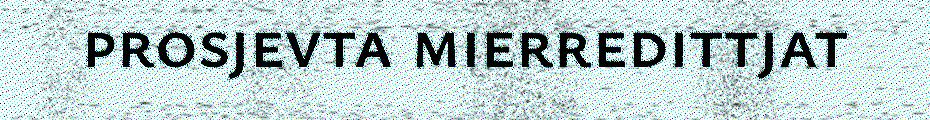
prosjevta mierredittjat